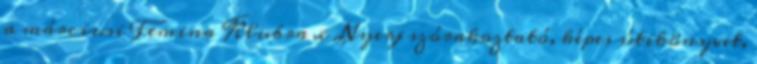
a márciusi Femina Klubra x Nyerj szórakoztató, képes útikönyvet,